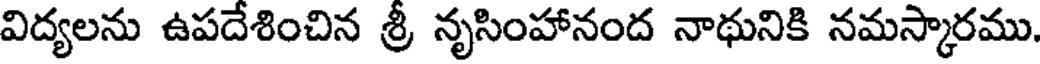
విద్యలను ఉపదేశించిన శ్రీ నృసింహానంద నాథునికి నమస్కారము